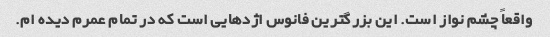
واقعاً چشم نواز است. این بزرگترین فانوس اژدهایی است که در تمام عمرم دیده ام.